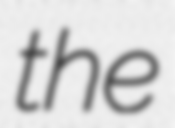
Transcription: the